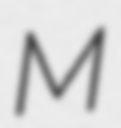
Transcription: M